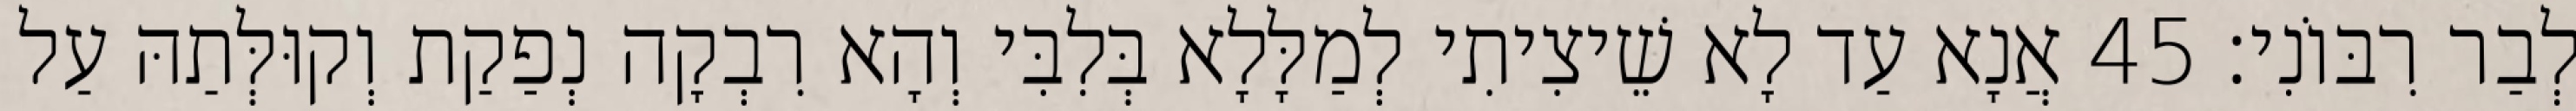
לְבַר רִבּוֹנִי׃ 45 אֲנָא עַד לָא שֵׁיצִיתִי לְמַלָּלָא בְּלִבִּי וְהָא רִבְקָה נְפַקַת וְקוּלְּתַהּ עַל